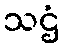
သဌံ